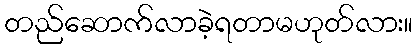
တည်ဆောက်လာခဲ့ရတာမဟုတ်လား။